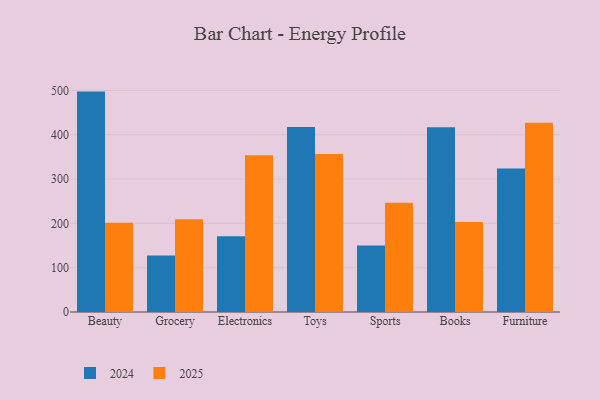
{"axis": {"x": "Category", "y": "Website Visitors"}, "legend": ["2024", "2025"], "data": [{"x": "Beauty", "y": 201.3, "type": "2025"}, {"x": "Beauty", "y": 497.3, "type": "2024"}, {"x": "Grocery", "y": 209.4, "type": "2025"}, {"x": "Grocery", "y": 127.3, "type": "2024"}, {"x": "Electronics", "y": 353.7, "type": "2025"}, {"x": "Electronics", "y": 170.8, "type": "2024"}, {"x": "Toys", "y": 356.7, "type": "2025"}, {"x": "Toys", "y": 417.5, "type": "2024"}, {"x": "Sports", "y": 246.7, "type": "2025"}, {"x": "Sports", "y": 150.1, "type": "2024"}, {"x": "Books", "y": 202.8, "type": "2025"}, {"x": "Books", "y": 416.6, "type": "2024"}, {"x": "Furniture", "y": 426.9, "type": "2025"}, {"x": "Furniture", "y": 323.7, "type": "2024"}]}